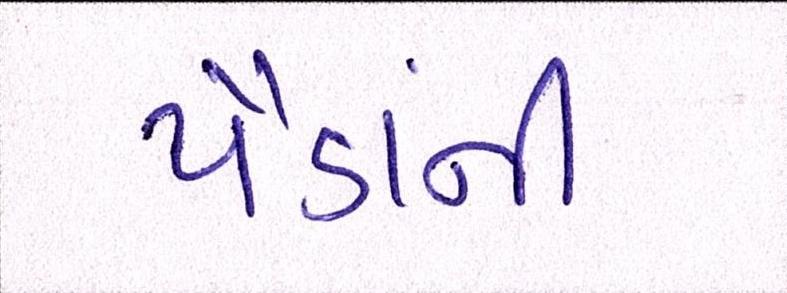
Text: પૈડાંની